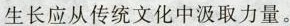
生长应从传统文化中汲取力量。